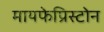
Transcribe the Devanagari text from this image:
मायफेप्रिस्टोन